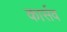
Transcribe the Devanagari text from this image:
कार्सव